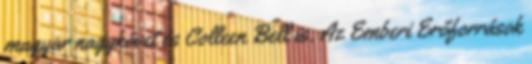
magyar nagykövet és Colleen Bell is. Az Emberi Erőforrások